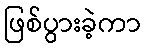
ဖြစ်ပွားခဲ့ကာ